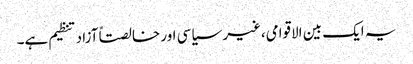
یہ ایک بین الاقوامی،غیر سیاسی اور خالصتاً آزاد تنظیم ہے۔